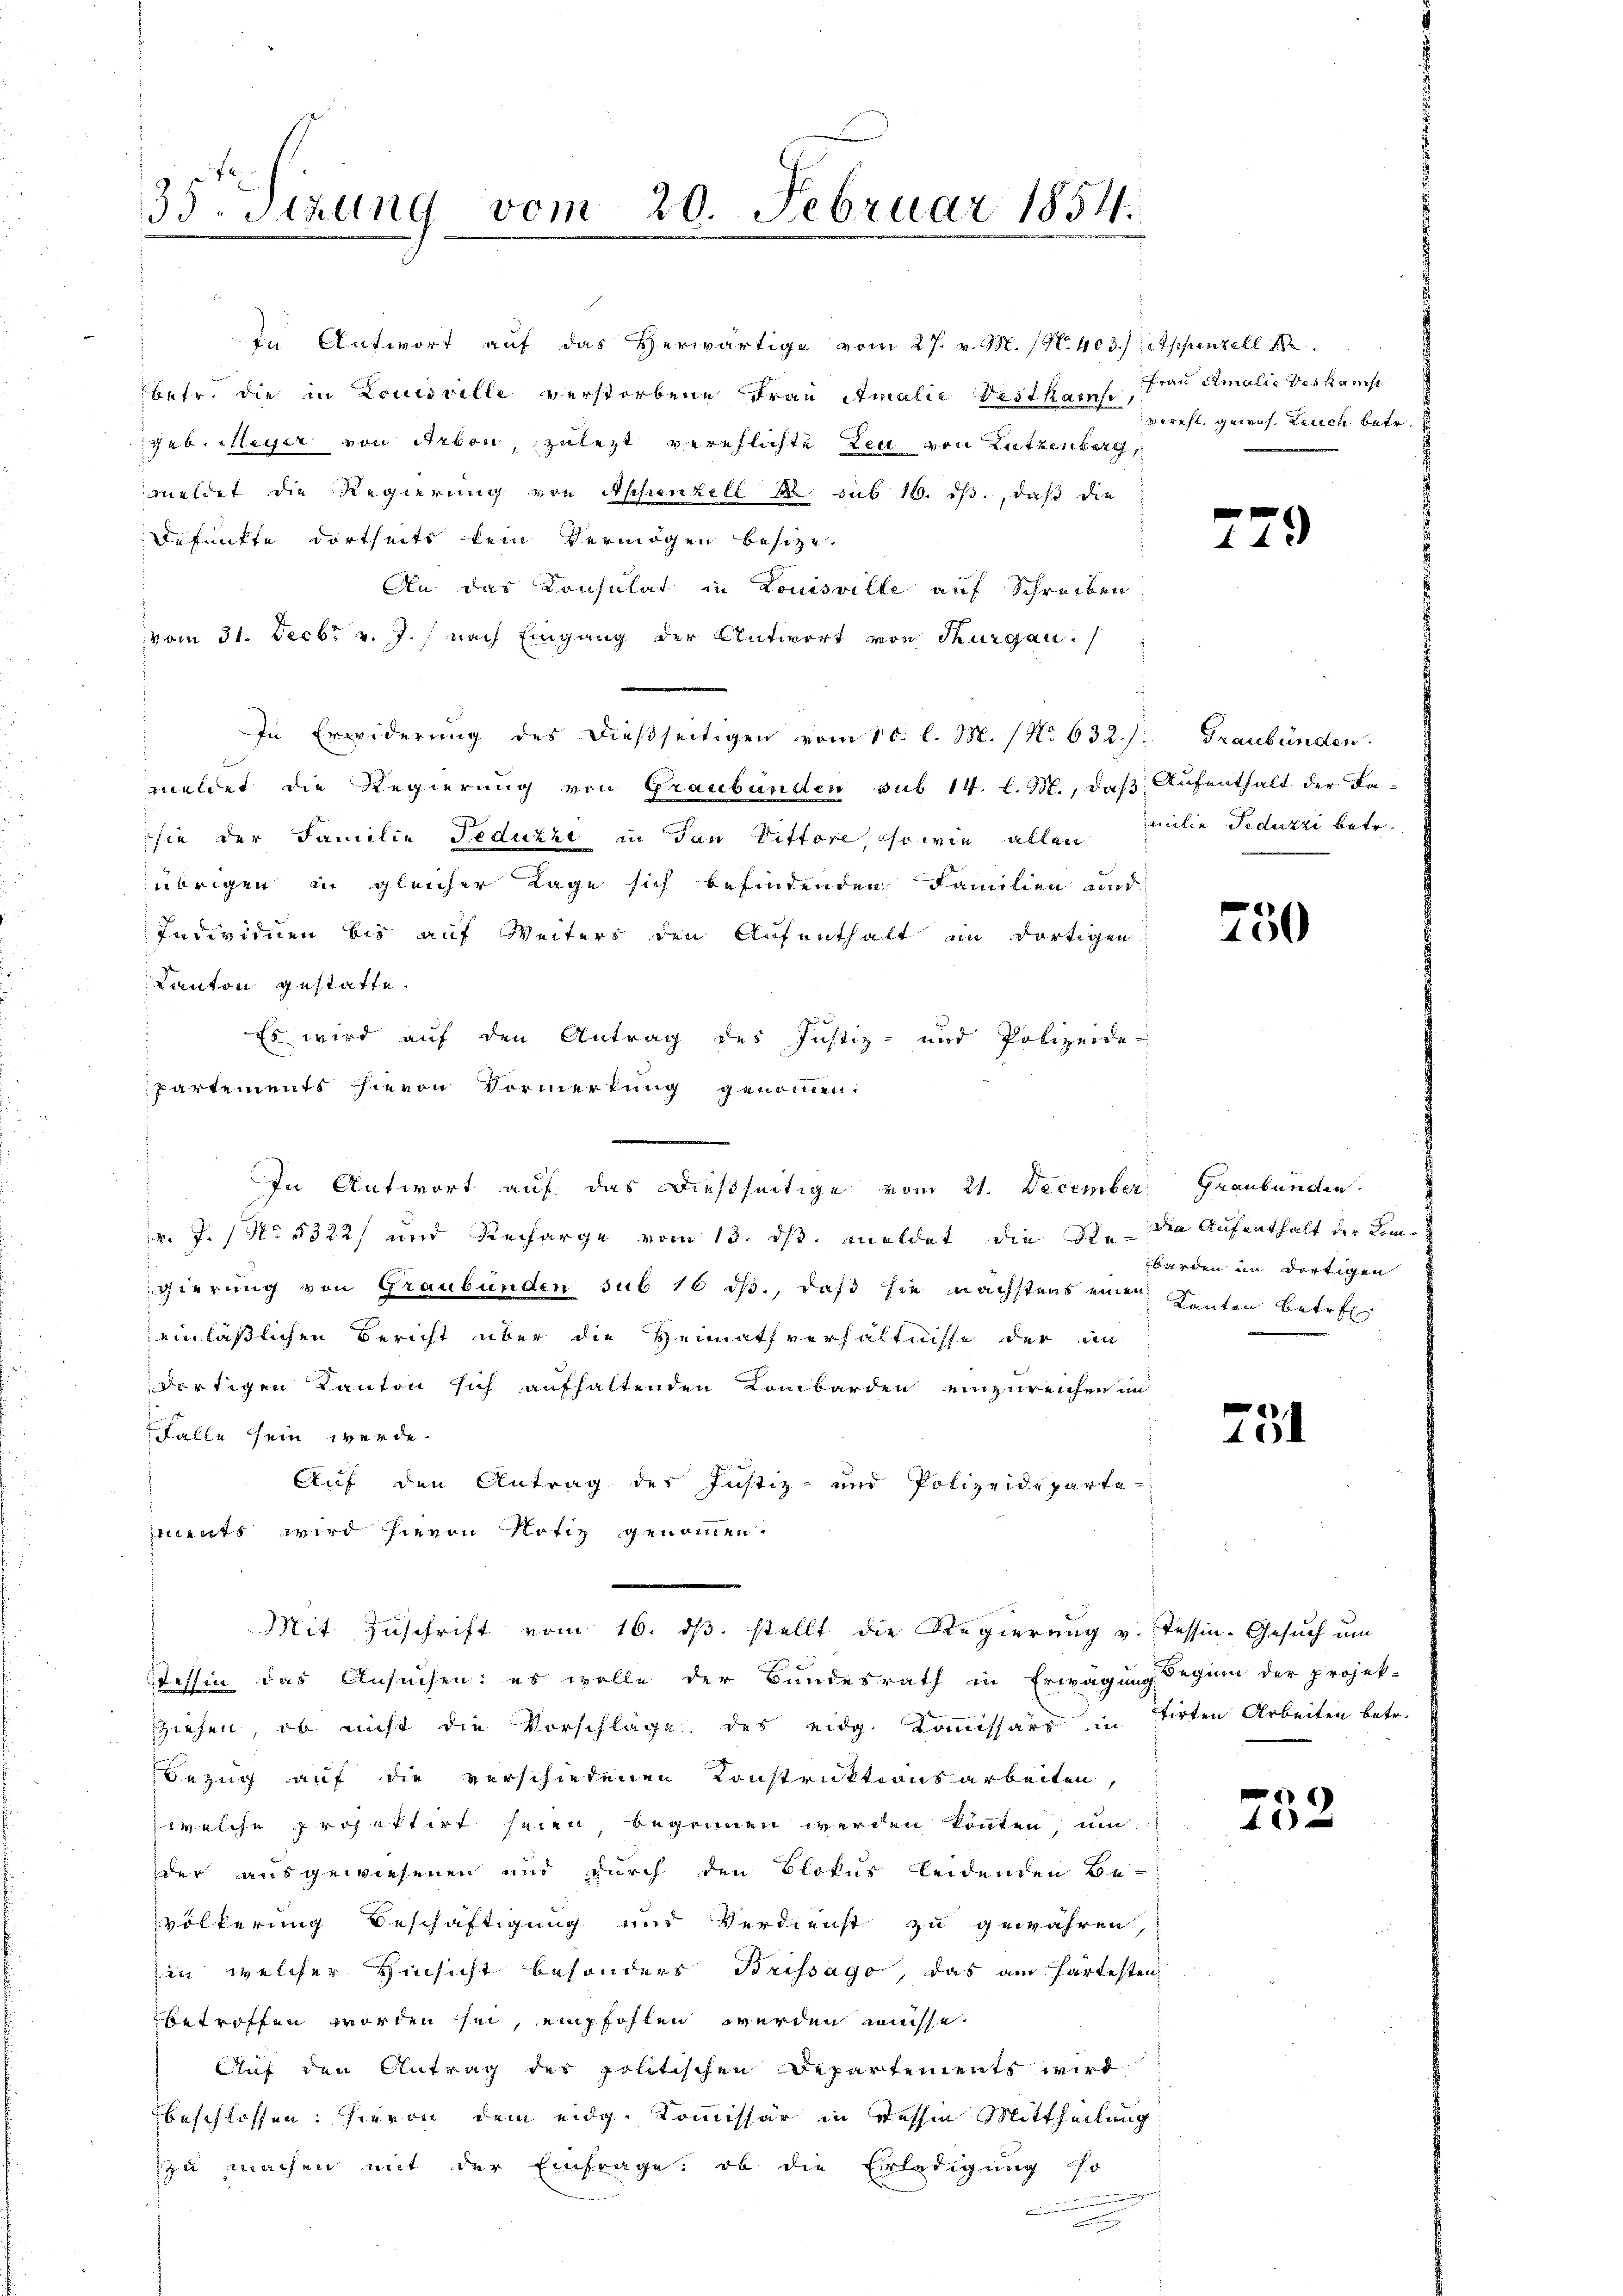
35. Sitzung vom 20. Februar 1854.

in Antwort auf das Herwärtige vom 27. v. M. (N. 403.) Appenzell 18
betr. die in Louisville verstorbene Frau Amalie Vestkam. Frau Amalie des kamst
geb. Meyer von Arbon zulezt verehlichte Leu von Lutzenberg,
meldet die Regierung von Appenzell u. sub 16. ds., daß die
Befunkte dortseits kein Vermögen besize.
An das Konsulat in Louisville auf Schreiben
vom 31. Decbr v. J.) nach Eingang der Antwort von Thurgan
In Erwiderung des dießseitigen vom 10. l. M. / No 632.
meldet die Regierung von Graubünden sub 14. l. M., daß Aufenthalt der Fa-
sie der Familie Fedutzt in Tan Vittore, ihr wie allen
übrigen in gleicher Lage sich befindenden Familien und
Individuen bis auf Weiters den Aufenthalt im dortigen
Kanton gestatte.
Es wird auf den Antrag des Justiz- und Polizeide-
partements hievon Vormerkung genommen.
v. 7. No. 5322) und Recharge vom 13. ds. meldet, die Studen Aufenthalt der Kom-
gierung von Graubünden sub 16 ds., daß sie nächstens einer Kanton betref
einläßlichen Bericht über die Heimathverhältnisse der im
dortigen Kanton sich aufhaltenden Kombarden einzureichen un
Falle sein werde.
Auf den Antrag des Justiz- und Polizeideparte
ments wird hievon Notiz genommen.
Mit Zuschrift vom 16. dβ. stellt die Regierŭng v. Tessin. Gesŭch ŭm
Tessin das Ansuchen: es wolle der Bundesrath in Erwägung Deginn der projek-
ziehen, ob nicht die Vorschläge des eidg. Kommissärs in tirten Arbeiten betr.
Bezug auf die verschiedenen Konstruktionsarbeiten,
,welche projektirt seien, begonnen werden könnten, um
der ausgewiesenen und durch den Blokus leidenden Be-
völkerung Beschäftigung und Verdienst zu gewähren,
in welcher Hinsicht besonders Brissago, das am härtesten
betroffen worden sei, empfohlen werden müsse.
Auf den Antrag des politischen Departements wird
beschlossen: hievon dem eidg. Kommissär in Tessin Mittheilung
zu machen mit der Einfrage: ob die Erledigung so
e
n

In Antwort auf das dießseitige vom 21. December Graubünden.

gerecht gewis, Leich betr.

229

Graubünden.
milie Feduzzi betr.

750

werden im dortigen

e
5

)
4